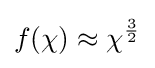
f(\chi )\approx \chi ^{\frac {3}{2}}